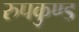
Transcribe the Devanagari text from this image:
रुपकुण्ड